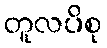
တူလပိစု